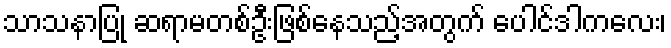
သာသနာပြု ဆရာမတစ်ဦးဖြစ်နေသည့်အတွက် ပေါင်ဒါကလေး၊